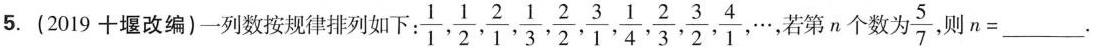
5.(2019十堰改编)一列数按规律排列如下：\frac{1}{1}, \frac{1}{2}, \frac{2}{1}, \frac{1}{3}, \frac{2}{2}, \frac{3}{1}, \frac{1}{4}, \frac{2}{3}, \frac{3}{2}, \frac{4}{1}, \cdots ,若第n个数为\frac{5}{7} 则$$n = ___$$.